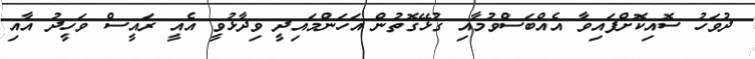
ދުވަހު ސޮއިކޮށްފައިވާ އެއްބަސްވުމާއި ގުޅޭގޮތުން އަހަންމައިދީ ވިދާޅުވީ އެއީ ރައީސް ވަހީދު އާއި